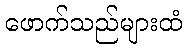
ဖောက်သည်များထံ